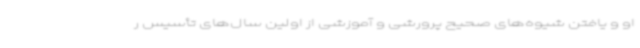
او و یافتن شیوه‌های صحیح پرورشی و آموزشی از اولین سال‌های تأسیس ر